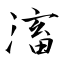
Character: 滀